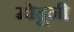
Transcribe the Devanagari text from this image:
मोडूनी